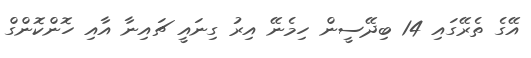
އޭގެ ތެރޭގައި 14 ބިދޭސީން ހިމެނޭ އިރު ގިނައީ ޗައިނާ އާއި ހޮންކޮންގް